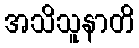
အသိသူနာတိ